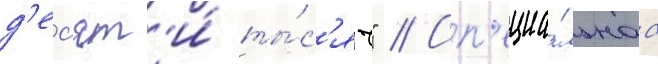
д'ес'ят'и́ ты́с'яч" // Сп'ециа́льнаа